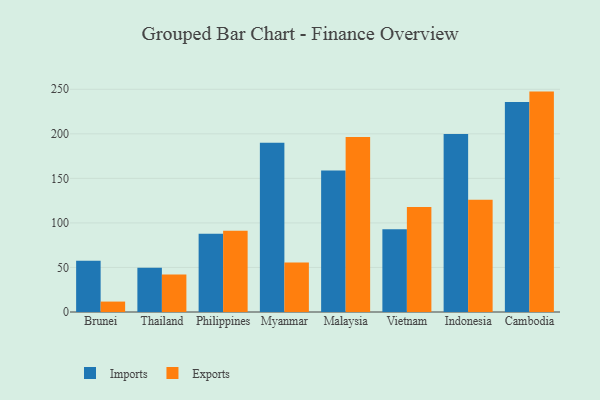
{"axis": {"x": "Country", "y": "Backlog"}, "legend": ["Exports", "Imports"], "data": [{"x": "Brunei", "y": 57.6, "type": "Imports"}, {"x": "Brunei", "y": 11.7, "type": "Exports"}, {"x": "Thailand", "y": 49.7, "type": "Imports"}, {"x": "Thailand", "y": 42.2, "type": "Exports"}, {"x": "Philippines", "y": 87.9, "type": "Imports"}, {"x": "Philippines", "y": 91.3, "type": "Exports"}, {"x": "Myanmar", "y": 190.0, "type": "Imports"}, {"x": "Myanmar", "y": 55.5, "type": "Exports"}, {"x": "Malaysia", "y": 158.8, "type": "Imports"}, {"x": "Malaysia", "y": 196.4, "type": "Exports"}, {"x": "Vietnam", "y": 92.8, "type": "Imports"}, {"x": "Vietnam", "y": 118.0, "type": "Exports"}, {"x": "Indonesia", "y": 199.8, "type": "Imports"}, {"x": "Indonesia", "y": 126.0, "type": "Exports"}, {"x": "Cambodia", "y": 235.6, "type": "Imports"}, {"x": "Cambodia", "y": 247.4, "type": "Exports"}]}